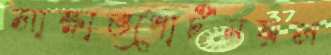
সাক্ষাত্পোর্টনয়স